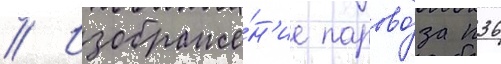
// Изображе́н'ие парово́за п36